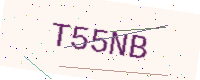
Text: T55NB